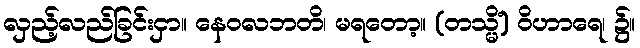
လှည့်လည်ခြင်းငှာ။ နေဝလဘတိ၊ မရတော့။ (တသ္မိံ) ဝိဟာရေ၊ ၌။